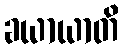
ခယာယာတိ